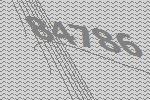
84786